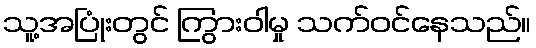
သူ့အပြုံးတွင် ကြွားဝါမှု သက်ဝင်နေသည်။